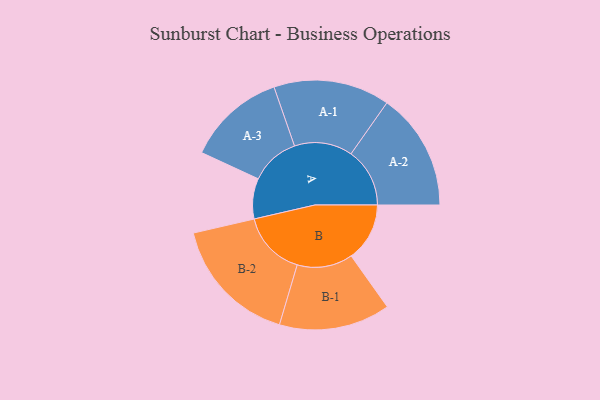
{"axis": {"x": "Segment", "y": "Value"}, "legend": ["", "A", "B"], "data": [{"x": "A", "y": 128, "type": ""}, {"x": "B", "y": 185, "type": ""}, {"x": "A-1", "y": 184, "type": "A"}, {"x": "A-2", "y": 186, "type": "A"}, {"x": "A-3", "y": 156, "type": "A"}, {"x": "B-1", "y": 176, "type": "B"}, {"x": "B-2", "y": 205, "type": "B"}]}